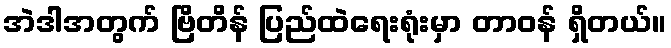
အဲဒါအတွက် ဗြိတိန် ပြည်ထဲရေးရုံးမှာ တာဝန် ရှိတယ်။